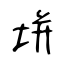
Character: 垪